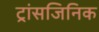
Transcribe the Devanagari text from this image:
ट्रांसजिनिक